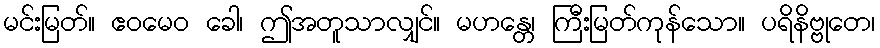
မင်းမြတ်။ ဧဝမေဝ ခေါ၊ ဤအတူသာလျှင်။ မဟန္တေ၊ ကြီးမြတ်ကုန်သော။ ပရိနိဗ္ဗုတေ၊